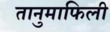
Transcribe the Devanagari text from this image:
तानुमाफिली